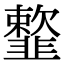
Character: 𩐋